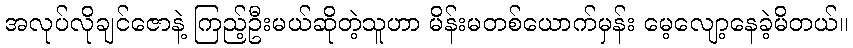
အလုပ်လိုချင်ဇောနဲ့ ကြည့်ဦးမယ်ဆိုတဲ့သူဟာ မိန်းမတစ်ယောက်မှန်း မေ့လျော့နေခဲ့မိတယ်။